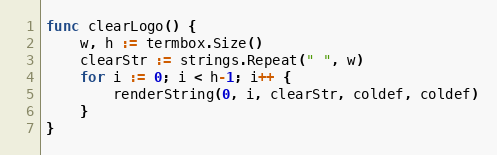
Language: Go
func clearLogo() {
	w, h := termbox.Size()
	clearStr := strings.Repeat(" ", w)
	for i := 0; i < h-1; i++ {
		renderString(0, i, clearStr, coldef, coldef)
	}
}